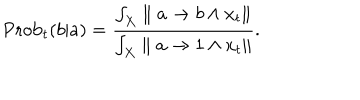
\mathrm { P r o b } _ { t } ( b | a ) = { \frac { \int _ { X } \parallel a \rightarrow b \wedge x _ { t } \parallel } { \int _ { X } \parallel a \rightarrow 1 \wedge x _ { t } \parallel } } .